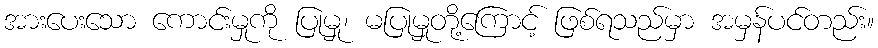
အားပေးသော ကောင်းမှုကို ပြုမှု၊ မပြုမှုတို့ကြောင့် ဖြစ်ရသည်မှာ အမှန်ပင်တည်း။